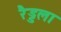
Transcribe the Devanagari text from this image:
रैड्डला